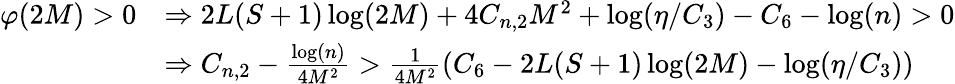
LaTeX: \begin{array}{rl}{\varphi(2M)>0}&{\Rightarrow 2L(S+1)\log(2M)+4C_{n,2}M^{2}+\log(\eta/C_{3})-C_{6}-\log(n)>0}\\ &{\Rightarrow C_{n,2}-\frac{\log(n)}{4M^{2}}>\frac{1}{4M^{2}}\left(C_{6}-2L(S+1)\log(2M)-\log(\eta/C_{3})\right)}\end{array}